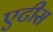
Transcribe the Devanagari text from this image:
एटीस